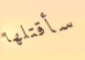
سأقتلها